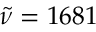
\tilde { \nu } = 1 6 8 1